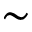
\sim